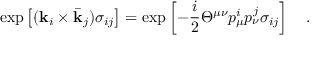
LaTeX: \mathrm { e x p } \left[ ( { \bf k } _ { i } \times { \bar { \bf k } } _ { j } ) \sigma _ { i j } \right] = \mathrm { e x p } \left[ - { \frac { i } { 2 } } \Theta ^ { \mu \nu } p _ { \mu } ^ { i } p _ { \nu } ^ { j } \sigma _ { i j } \right] \quad .